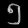
Digit: ၅